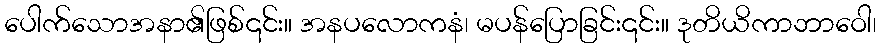
ပေါက်သောအနာ၏ဖြစ်၎င်း။ အနပလောကနံ၊ မပန်ပြောခြင်း၎င်း။ ဒုတိယိကာဘာဝေါ၊